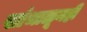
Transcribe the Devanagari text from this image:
सांभाळूनही